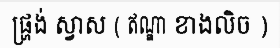
ផ្ហ្រង់ ស្វាស ( ឥណ្ឌា ខាងលិច )